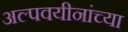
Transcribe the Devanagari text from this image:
अल्पवयीनांच्या